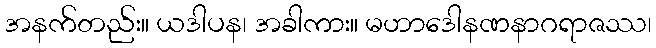
အနက်တည်း။ ယဒါပန၊ အခါကား။ မဟာဒေါနဏနာဂရာဇဿ၊